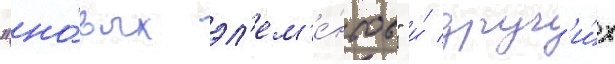
"но́вых эл'ем'е́нтов" и́ друг'и́х